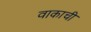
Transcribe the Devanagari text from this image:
वाकाची